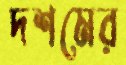
দশমের